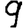
Digit: 9